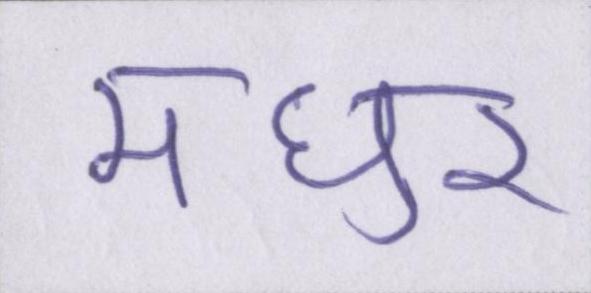
मधुर